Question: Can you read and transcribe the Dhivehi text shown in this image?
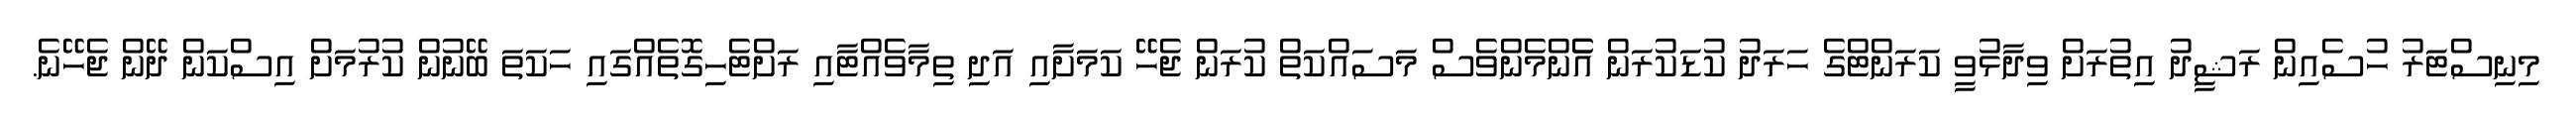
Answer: މިނިސްޓަރު ހުސެއިން ރަޝީދު އިތުރަށް ވިދާޅުވީ ކަރަންޓްގެ ހަރަދު ކުޑަކުރަން އެެންމެންވެސް މަސައްކަތް ކުރަން ޖެހޭ ކަމަށާއި އަދި ތިމާވެއްޓާއި ރަށްޓެހިގޮތެއްގައި ހަކަތަ ބޭނުން ކުރުމަށް އިސްކަން ދޭން ޖެހޭނެ.